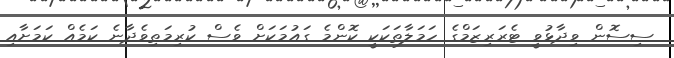
ސިސޮން ވިދާޅުވީ ޓެރަރިޒަމްގެ ހަމަލާތަކަކީ ކޮންމެ ގައުމަކަށް ވެސް ކުރިމަތިވެދާނެ ކަމެއް ކަމަށާއި